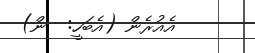
އެއުރެން (އެބަހީ:  ން)